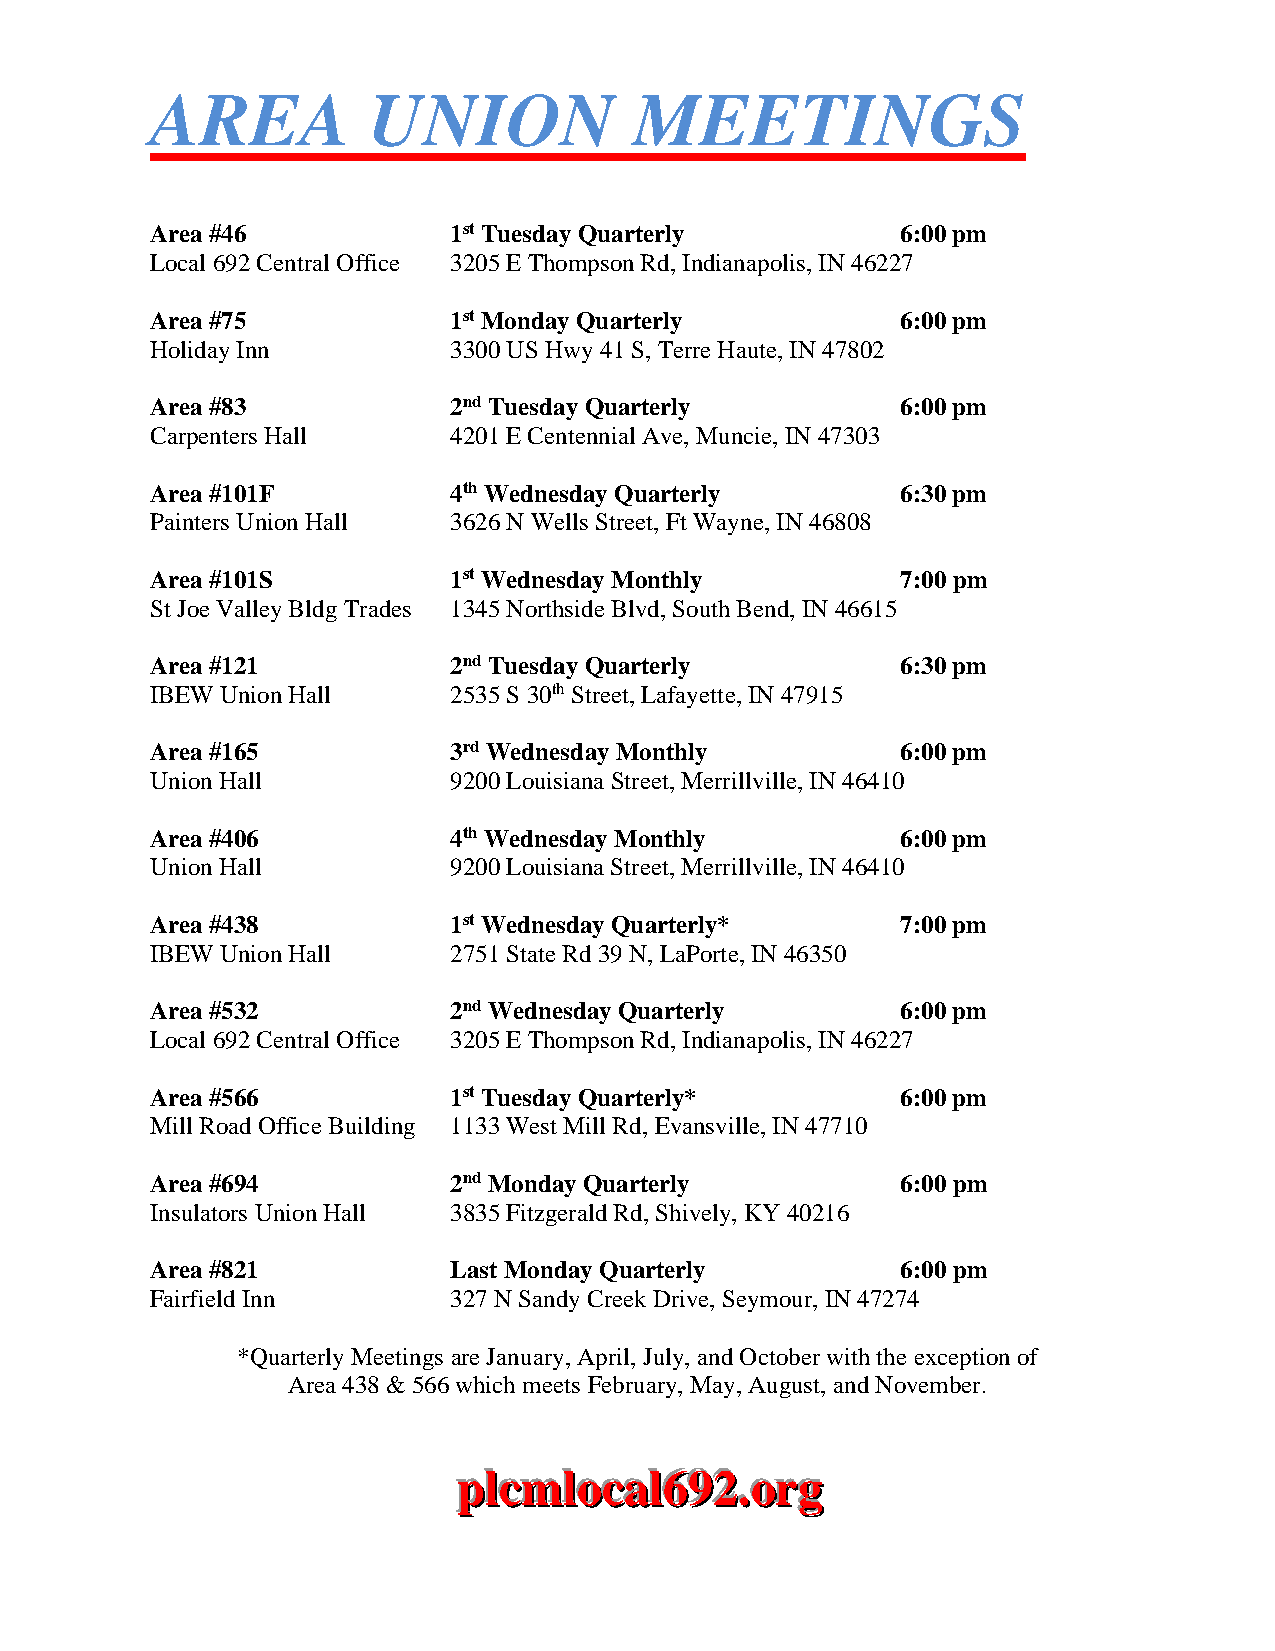
AREA          UNION             MEETINGS
 Area #46            1st Tuesday Quarterly         6:00 pm
 Local 692 Central Office 3205 E Thompson Rd, Indianapolis, IN 46227
 Area #75            1st Monday Quarterly          6:00 pm
 Holiday Inn         3300 US Hwy 41 S, Terre Haute, IN 47802
 Area #83            2nd Tuesday Quarterly         6:00 pm
 Carpenters Hall     4201 E Centennial Ave, Muncie, IN 47303
 Area #101F          4th Wednesday Quarterly       6:30 pm
 Painters Union Hall 3626 N Wells Street, Ft Wayne, IN 46808
 Area #101S          1st Wednesday Monthly         7:00 pm
 St Joe Valley Bldg Trades 1345 Northside Blvd, South Bend, IN 46615
 Area #121           2nd Tuesday Quarterly         6:30 pm
 IBEW Union Hall     2535 S 30th Street, Lafayette, IN 47915
 Area #165           3rd Wednesday Monthly         6:00 pm
 Union Hall          9200 Louisiana Street, Merrillville, IN 46410
 Area #406           4th Wednesday Monthly         6:00 pm
 Union Hall          9200 Louisiana Street, Merrillville, IN 46410
 Area #438           1st Wednesday Quarterly*      7:00 pm
 IBEW Union Hall     2751 State Rd 39 N, LaPorte, IN 46350
 Area #532           2nd Wednesday Quarterly       6:00 pm
 Local 692 Central Office 3205 E Thompson Rd, Indianapolis, IN 46227
 Area #566           1st Tuesday Quarterly*        6:00 pm
 Mill Road Office Building 1133 West Mill Rd, Evansville, IN 47710
 Area #694           2nd Monday Quarterly          6:00 pm
 Insulators Union Hall 3835 Fitzgerald Rd, Shively, KY 40216
 Area #821           Last Monday Quarterly         6:00 pm
 Fairfield Inn       327 N Sandy Creek Drive, Seymour, IN 47274
 *Quarterly Meetings are January, April, July, and October with the exception of
 Area 438 & 566 which meets February, May, August, and November.
 ppplllcccmmmlllooocccaaalll666999222...ooorrrggg